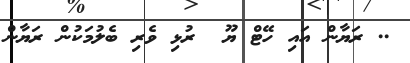
.. ރަޔާން އައި ހޭޓް ޔޫ  ރުޅި ވެރި ބެލުމަކުން ރަޔާން